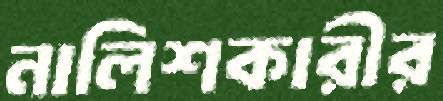
নালিশকারীর